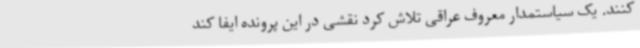
کنند. یک سیاستمدار معروف عراقی تلاش کرد نقشی در این پرونده ایفا کند